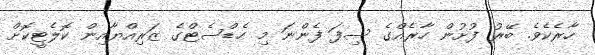
ހާރެކެވެ. ބޭރު ފުށުން ހާރެއްގެ ސިފަ ފެންނަ މި ހެޑްސެޓްގެ ޒަރިއްޔާއިން ކޮލެޓީކޮށް